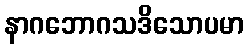
နာဂဘောဂသဒိသောပမာ